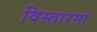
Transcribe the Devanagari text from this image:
विस्तारमां